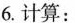
6. 计算：